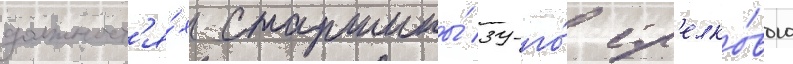
должност'я́х старшины́ 39-го́ стр'елко́вого